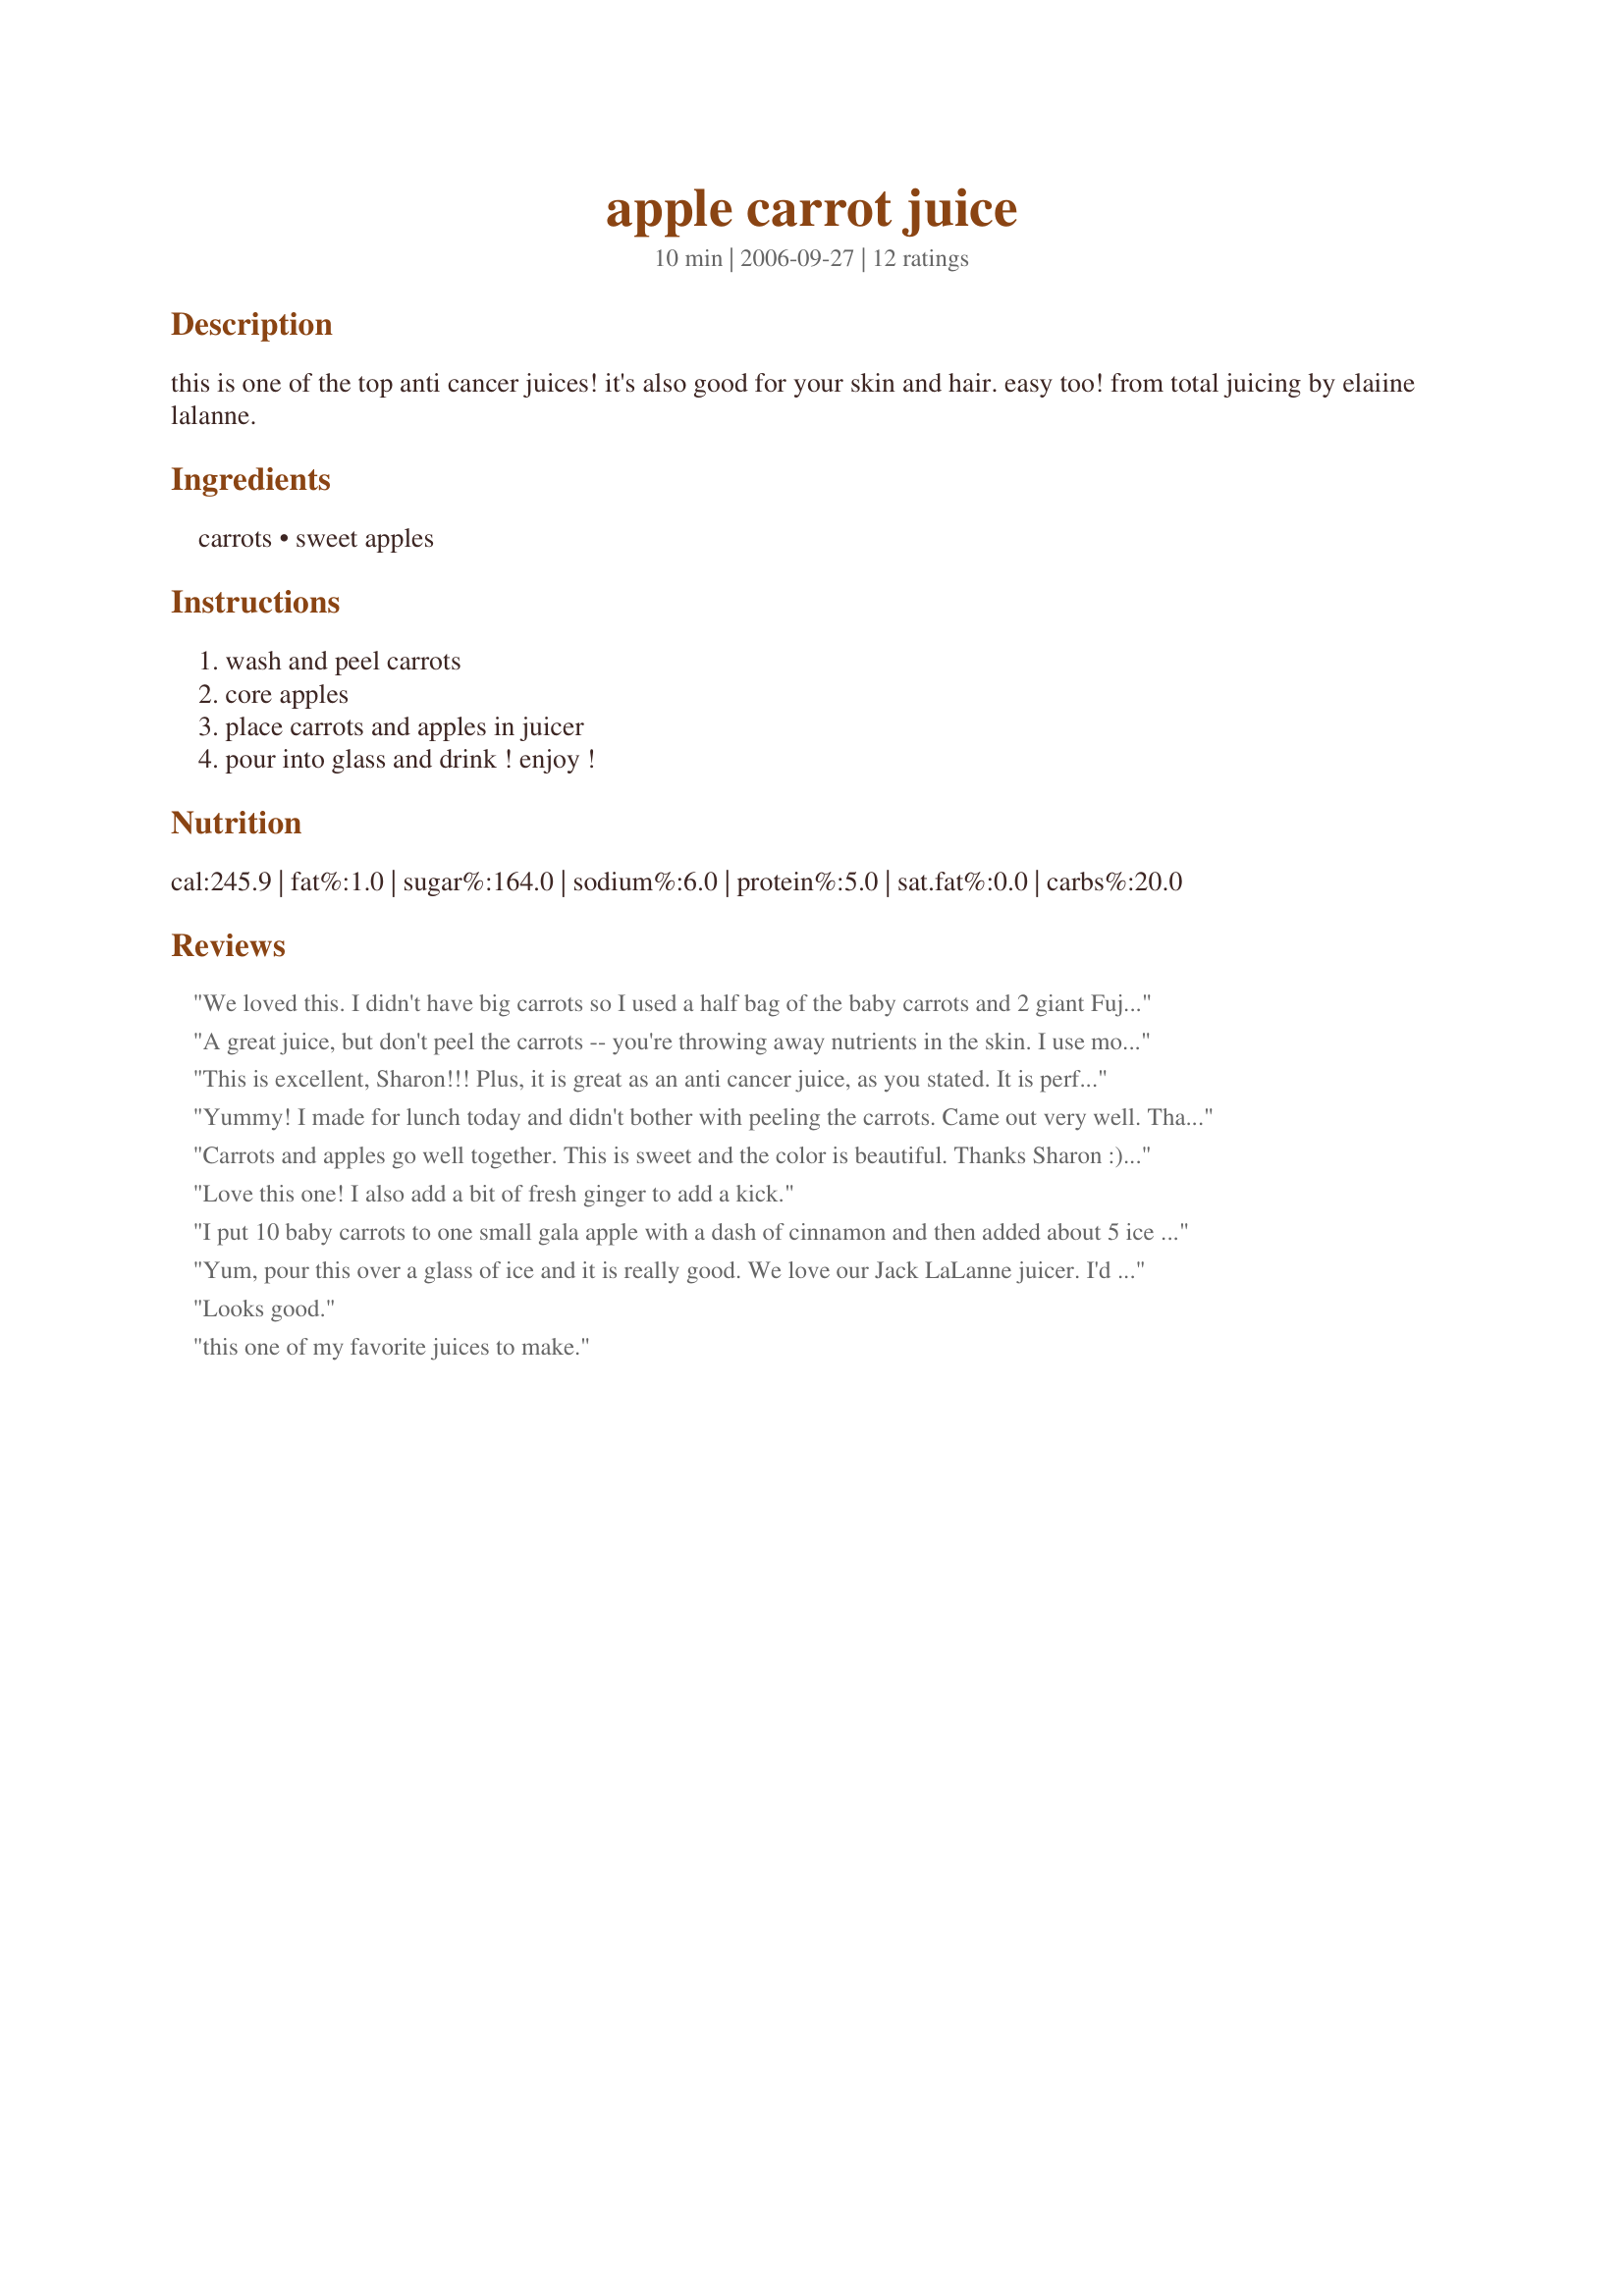
apple carrot juice
Preparation time: 10 minutes

this is one of the top anti cancer juices! it's also good for your skin and hair. easy too! from total juicing by elaiine lalanne.

Ingredients:
carrots, sweet apples

Steps:
wash and peel carrots, core apples, place carrots and apples in juicer, pour into glass and drink ! enjoy !

Reviews:
We loved this. I didn't have big carrots so I used a half bag of the baby carrots and 2 giant Fuji apples. DH said he could drink this every night. Wonderful - Thanks!!
A great juice, but don't peel the carrots -- you're throwing away nutrients in the skin. I use more carrot and less apple.
This is excellent, Sharon!!! Plus, it is great as an anti cancer juice, as you stated. It is perfect for my elderly father and I make it often for him.
Thank you!!
Love,
Becky
Yummy! I made for lunch today and didn't bother with peeling the carrots. Came out very well. Thank you!
Carrots and apples go well together. This is sweet and the color is beautiful. Thanks Sharon :) Made for Holiday tag.
Love this one! I also add a bit of fresh ginger to add a kick.
I put 10 baby carrots to one small gala apple with a dash of cinnamon and then added about 5 ice cubes. I blended in the magic bullet. Tastes like summer. More ice cubes might be needed next time to make it thinner. Very good!
Yum, pour this over a glass of ice and it is really good. We love our Jack LaLanne juicer. I'd like to try a slice of ginger next time to spice it up a little. Sharon hope your doing well. I made this for the Cook-aThon for Sharon.
Looks good.
this one of my favorite juices to make.
This is soooooooooooo good!! I don't even mind cleaning the juicer for this one. SA;
This is one of the first juices I have made with my new juicer and I am thrilled! This is SO good! Who knew? Apples and carrots juiced tastes fantastic and is so smooth. Beautiful color and crisp sweet flavor. I used granny smith apples which put a sweet-tart like zing in the juice. Definitely going in my KEEPER cookbook! Thanks for a great and healthy recipe!
